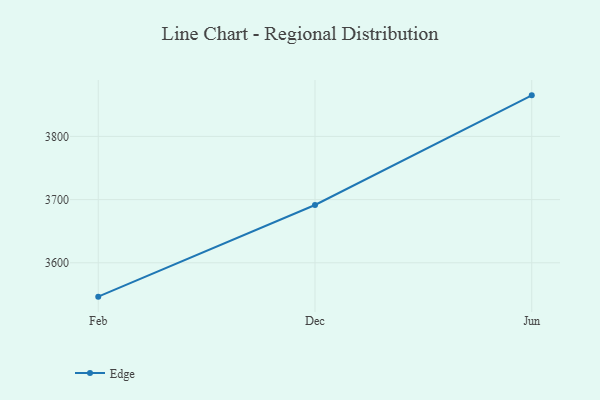
{"axis": {"x": "Month", "y": "Tickets Resolved"}, "legend": ["Edge"], "data": [{"x": "Feb", "y": 3546.4, "type": "Edge"}, {"x": "Dec", "y": 3691.5, "type": "Edge"}, {"x": "Jun", "y": 3865.0, "type": "Edge"}]}